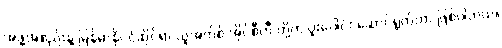
အဖွဲ့အစည်းနဲ့ မြန်မာနိုင်ငံဆိုင်ရာ ယူအက်စ် အိုင်စီတီ တို့က ပူးပေါင်း ဆောင်ရွက်တာ ဖြစ်ပါတယ်။